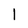
Character: 1